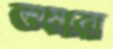
শুষবো